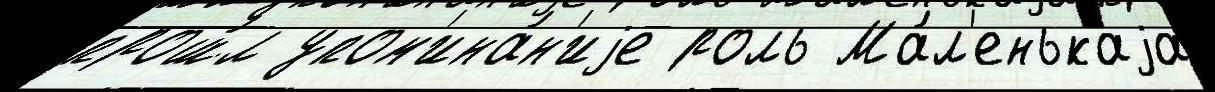
прош́л упом'ина́н'иjе роль Ма́л'енькаjа